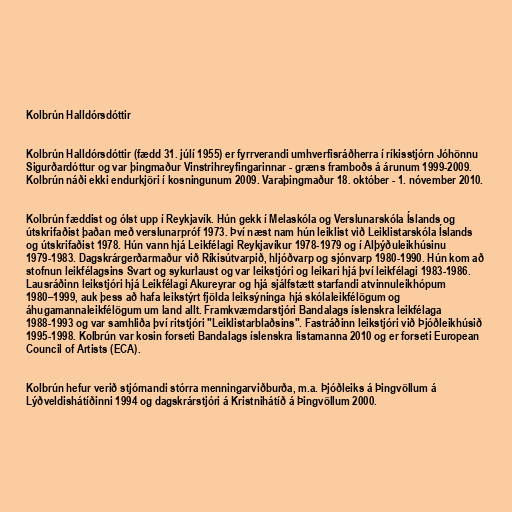
Kolbrún Halldórsdóttir

Kolbrún Halldórsdóttir (fædd 31. júlí 1955) er fyrrverandi umhverfisráðherra í ríkisstjórn Jóhönnu
Sigurðardóttur og var þingmaður Vinstrihreyfingarinnar - græns framboðs á árunum 1999-2009.
Kolbrún náði ekki endurkjöri í kosningunum 2009. Varaþingmaður 18. október - 1. nóvember 2010.

Kolbrún fæddist og ólst upp í Reykjavík. Hún gekk í Melaskóla og Verslunarskóla Íslands og
útskrifaðist þaðan með verslunarpróf 1973. Því næst nam hún leiklist við Leiklistarskóla Íslands
og útskrifaðist 1978. Hún vann hjá Leikfélagi Reykjavíkur 1978-1979 og í Alþýðuleikhúsinu
1979-1983. Dagskrárgerðarmaður við Ríkisútvarpið, hljóðvarp og sjónvarp 1980-1990. Hún kom að
stofnun leikfélagsins Svart og sykurlaust og var leikstjóri og leikari hjá því leikfélagi 1983-1986.
Lausráðinn leikstjóri hjá Leikfélagi Akureyrar og hjá sjálfstætt starfandi atvinnuleikhópum
1980–1999, auk þess að hafa leikstýrt fjölda leiksýninga hjá skólaleikfélögum og
áhugamannaleikfélögum um land allt. Framkvæmdarstjóri Bandalags íslenskra leikfélaga
1988-1993 og var samhliða því ritstjóri "Leiklistarblaðsins". Fastráðinn leikstjóri við Þjóðleikhúsið
1995-1998. Kolbrún var kosin forseti Bandalags íslenskra listamanna 2010 og er forseti European
Council of Artists (ECA).

Kolbrún hefur verið stjórnandi stórra menningarviðburða, m.a. Þjóðleiks á Þingvöllum á
Lýðveldishátíðinni 1994 og dagskrárstjóri á Kristnihátíð á Þingvöllum 2000.